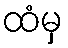
ထံမှ